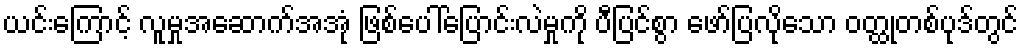
ယင်းကြောင့် လူမှုအဆောက်အအုံ ဖြစ်ပေါ်ပြောင်းလဲမှုကို ပီပြင်စွာ ဖော်ပြလိုသော ဝတ္ထုတစ်ပုဒ်တွင်